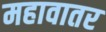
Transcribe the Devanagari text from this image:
महावातर